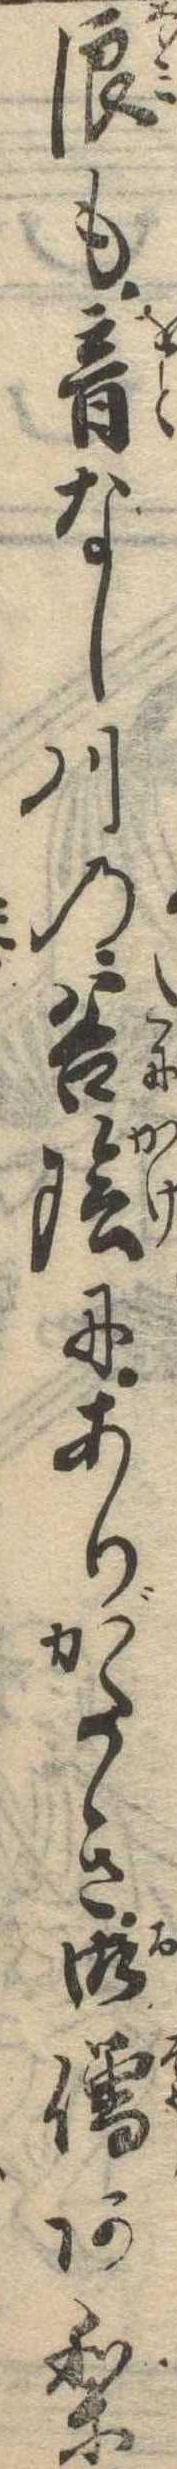
浪も音なし川の谷陰にありがたき御僧あり